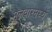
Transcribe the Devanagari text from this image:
मलवारमध्यें